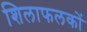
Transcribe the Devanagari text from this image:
शिलाफलकों